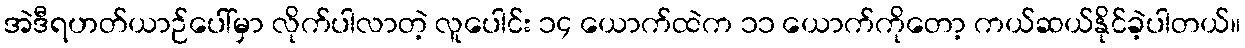
အဲဒီရဟတ်ယာဉ်ပေါ်မှာ လိုက်ပါလာတဲ့ လူပေါင်း ၁၄ ယောက်ထဲက ၁၁ ယောက်ကိုတော့ ကယ်ဆယ်နိုင်ခဲ့ပါတယ်။